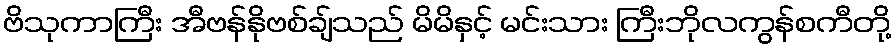
ဗိသုကာကြီး အီဗန်နိုဗစ်ချ်သည် မိမိနှင့် မင်းသား ကြီးဘိုလကွန်စကီတို့